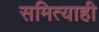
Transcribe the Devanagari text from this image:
समित्याही